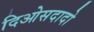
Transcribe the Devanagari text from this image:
दिओसदादो